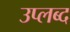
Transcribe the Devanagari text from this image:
उप्लब्द